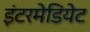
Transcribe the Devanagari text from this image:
इंटरमेडियेट